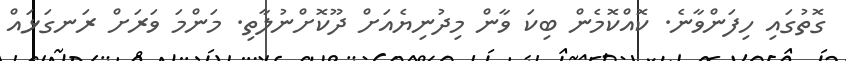
ގޮތުގައި ހިފަންވާނެ. ކޮއްކޮމެން ބިކަ ވާން މިދުނިޔެއަށް ދޫކޮށްނުލާތި. މަންމަ ވަރަށް ރަނގަޅައް